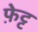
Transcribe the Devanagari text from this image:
फ़ेट्ट